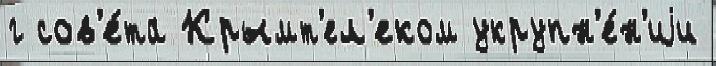
г сов'е́та Крымт'ел'еком укрупн'е́н'иjи